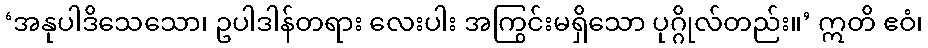
‘အနုပါဒိသေသော၊ ဥပါဒါန်တရား လေးပါး အကြွင်းမရှိသော ပုဂ္ဂိုလ်တည်း။’ ဣတိ ဧဝံ၊